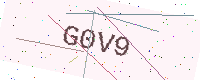
Text: G0V9